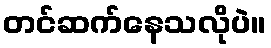
တင်ဆက်နေသလိုပဲ။